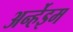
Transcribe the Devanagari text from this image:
अर्न्हेइम